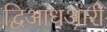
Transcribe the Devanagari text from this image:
द्विआधआरी